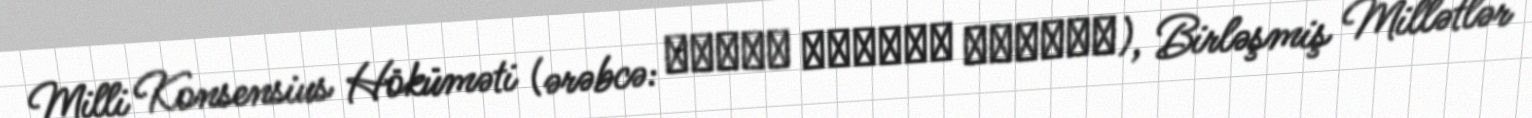
Milli Konsensius Höküməti (ərəbcə: حكومة الوفاق الوطني), Birləşmiş Millətlər